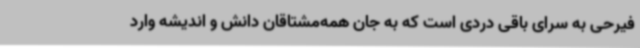
فیرحی به سرای باقی دردی است که به جان همه‌مشتاقان دانش و اندیشه وارد